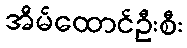
အိမ်ထောင်ဦးစီး